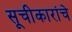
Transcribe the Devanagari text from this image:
सूचीकारांचे